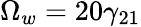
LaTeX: \Omega_{w}=20\gamma_{21}